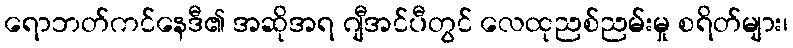
ရောဘတ်ကင်နေဒီ၏ အဆိုအရ ဂျီအင်ပီတွင် လေထုညစ်ညမ်းမှု စရိတ်များ၊